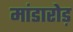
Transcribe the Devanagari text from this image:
मांडारोड़